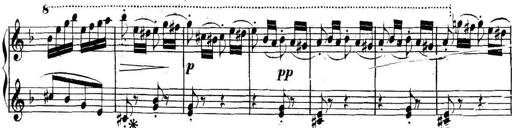
Title: Collected Piano Sonatas
Composer: Muzio Clementi